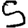
Digit: 5